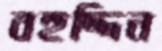
বহুদ্দিন